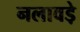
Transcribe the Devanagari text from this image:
नलावडे़